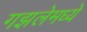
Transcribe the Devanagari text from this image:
गझलेमध्ये